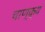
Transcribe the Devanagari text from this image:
चाण्क्य